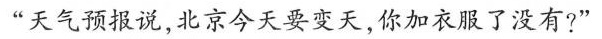
“天气预报说，北京今天要变天，你加衣服了没有?”